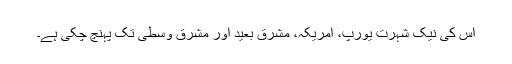
اس کی نیک شہرت یورپ، امریکہ، مشرق بعید اور مشرق وسطیٰ تک پہنچ چکی ہے۔